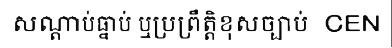
សណ្តាប់ធ្នាប់ ឬប្រព្រឹត្តិខុសច្បាប់  CEN